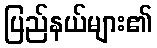
ပြည်နယ်များ၏